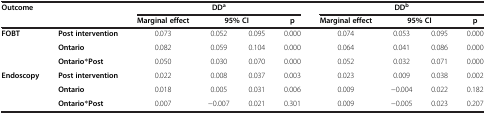
<table><thead><tr><td><b>Outcome</b></td><td><b> </b></td><td colspan="4"><b>DD<sup>a</sup></b></td><td colspan="4"><b>DD<sup>b</sup></b></td></tr><tr><td><b> </b></td><td><b> </b></td><td><b>Marginal effect</b></td><td colspan="2"><b>95% CI</b></td><td><b>p</b></td><td><b>Marginal effect</b></td><td colspan="2"><b>95% CI</b></td><td><b>p</b></td></tr></thead><tbody><tr><td><b>FOBT</b></td><td><b>Post intervention</b></td><td>0.073</td><td>0.052</td><td>0.095</td><td>0.000</td><td>0.074</td><td>0.053</td><td>0.095</td><td>0.000</td></tr><tr><td> </td><td><b>Ontario</b></td><td>0.082</td><td>0.059</td><td>0.104</td><td>0.000</td><td>0.064</td><td>0.041</td><td>0.086</td><td>0.000</td></tr><tr><td> </td><td><b>Ontario*Post</b></td><td>0.050</td><td>0.030</td><td>0.070</td><td>0.000</td><td>0.052</td><td>0.032</td><td>0.071</td><td>0.000</td></tr><tr><td><b>Endoscopy</b></td><td><b>Post intervention</b></td><td>0.022</td><td>0.008</td><td>0.037</td><td>0.003</td><td>0.023</td><td>0.009</td><td>0.038</td><td>0.002</td></tr><tr><td> </td><td><b>Ontario</b></td><td>0.018</td><td>0.005</td><td>0.031</td><td>0.006</td><td>0.009</td><td>−0.004</td><td>0.022</td><td>0.182</td></tr><tr><td> </td><td><b>Ontario*Post</b></td><td>0.007</td><td>−0.007</td><td>0.021</td><td>0.301</td><td>0.009</td><td>−0.005</td><td>0.023</td><td>0.207</td></tr></tbody></table>